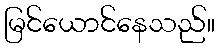
မြင်ယောင်နေသည်။